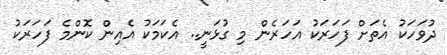
ދުވަހަކު އެތަށް ފަހަރަކު އަހަރެން މި ގުޅަނީ.. އެކަމަކު އެއިން ކޮންމެ ފަހަރަކު